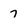
Character: 7